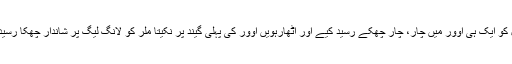
انہوں نے سنیل نرائن اور روی رامپال کو ایک ہی اوور میں چار، چار چھکے رسید کیے اور اٹھارہویں اوور کی پہلی گیند پر نکیتا ملر کو لانگ لیگ پر شاندار چھکا رسید کرکے نیا عالمی ریکارڈ قائم کردیا ۔